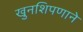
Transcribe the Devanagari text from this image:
खुनशिपणाने